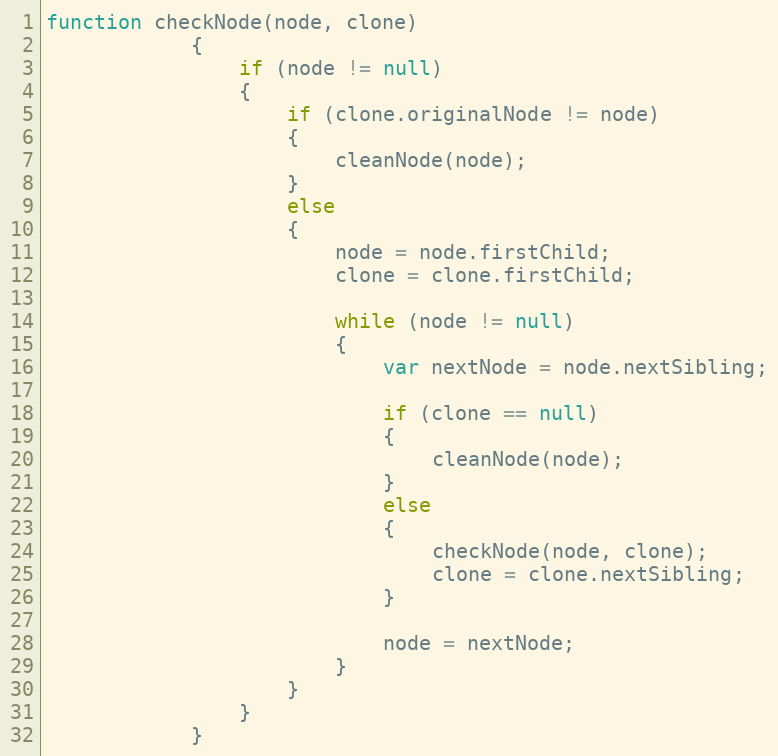
Language: JavaScript
function checkNode(node, clone)
			{
				if (node != null)
				{
					if (clone.originalNode != node)
					{
						cleanNode(node);
					}
					else
					{
						node = node.firstChild;
						clone = clone.firstChild;

						while (node != null)
						{
							var nextNode = node.nextSibling;

							if (clone == null)
							{
								cleanNode(node);
							}
							else
							{
								checkNode(node, clone);
								clone = clone.nextSibling;
							}

							node = nextNode;
						}
					}
				}
			}